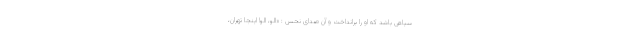
سیاهی باشد که او را برانداخت و آن صدای نحسِ : «الو، الو! اینجا تهران،